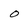
Character: o